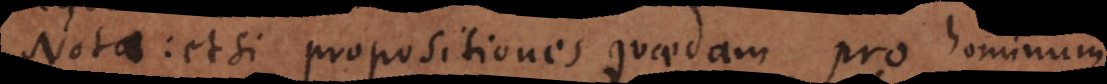
Nota: etsi propositiones quaedam pro hominum